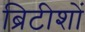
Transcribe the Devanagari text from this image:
ब्रिटीशों